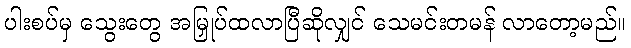
ပါးစပ်မှ သွေးတွေ အမြှုပ်ထလာပြီဆိုလျှင် သေမင်းတမန် လာတော့မည်။